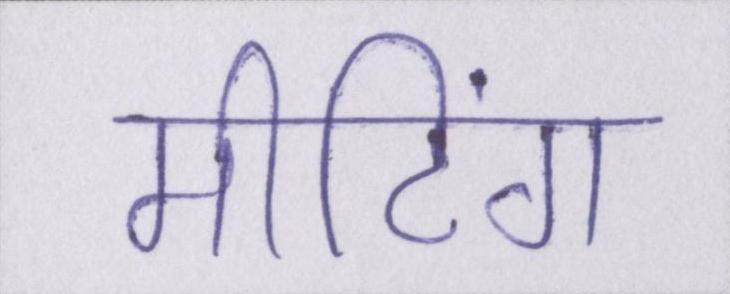
मीटिंग